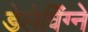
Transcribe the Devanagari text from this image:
डेलेविंग्ने